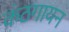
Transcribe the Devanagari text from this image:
कंठगायन